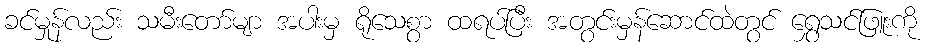
ခင်မှုန်လည်း သမီးတော်မျာ အပါးမှ ရိုသေစွာ ထရပ်ပြီး အတွင်းမှန်ဆောင်ထဲတွင် ရွှေသင်ဖြူးကို